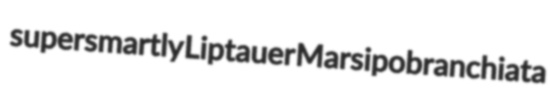
supersmartly Liptauer Marsipobranchiata